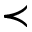
\prec